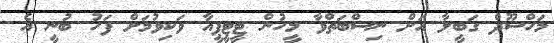
މަހްސޫދް ގަބީލާ އަށް ނިސްބަތްވާ މީހުން ޓީޓީޕީއާ ވަކިވުމަށް ފަހު ބުނީ އެ